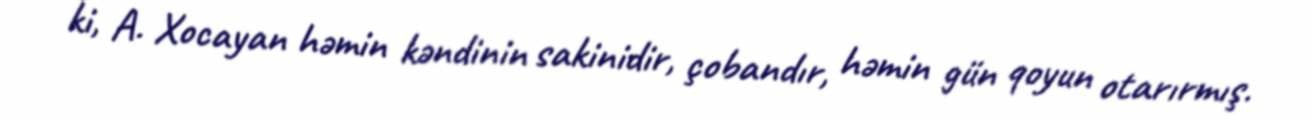
ki, A. Xocayan həmin kəndinin sakinidir, çobandır, həmin gün qoyun otarırmış.